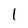
Character: 1